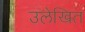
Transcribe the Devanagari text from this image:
उलेखित